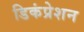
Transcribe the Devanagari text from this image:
डिकंप्रेशन